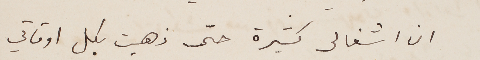
ان اشغالى كثيرة حتى ذهبت بكل اوقاتي